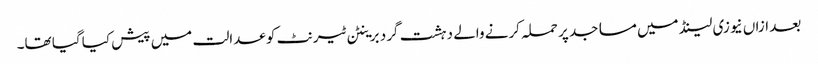
بعد ازاں نیوزی لینڈ میں مساجد پر حملہ کرنے والے دہشت گرد برینٹن ٹیرنٹ کو عدالت میں پیش کیا گیا تھا۔